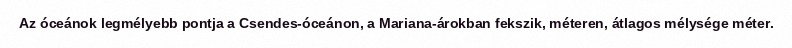
Az óceánok legmélyebb pontja a Csendes-óceánon, a Mariana-árokban fekszik, méteren, átlagos mélysége méter.